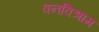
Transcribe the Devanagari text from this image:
वनविश्राम